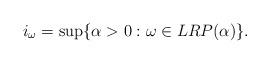
LaTeX: \begin{align*}i_\omega=\sup\{\alpha>0: \omega\in LRP(\alpha)\}.\end{align*}